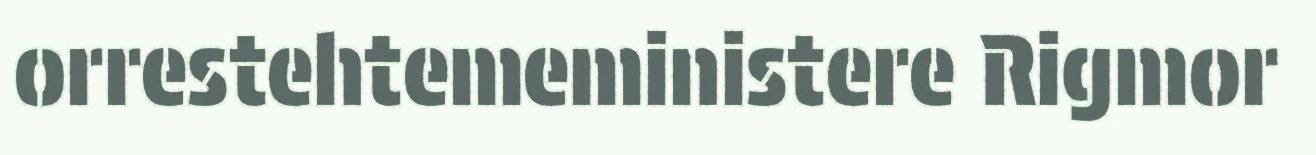
orrestehtemeministere Rigmor